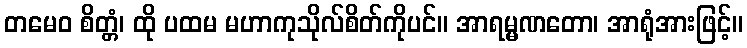
တမေဝ စိတ္တံ၊ ထို ပထမ မဟာကုသိုလ်စိတ်ကိုပင်။ အာရမ္မဏတော၊ အာရုံအားဖြင့်။